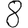
Digit: 8